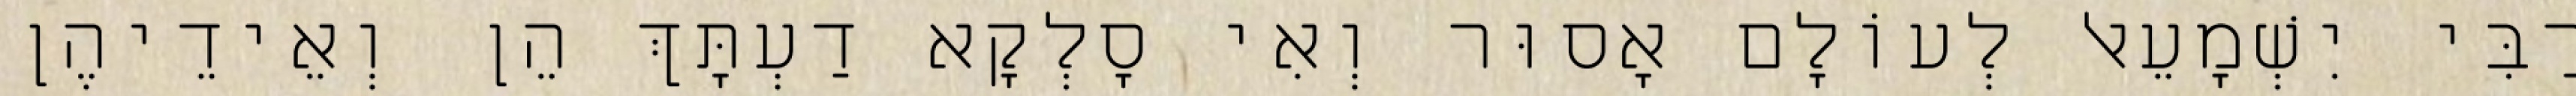
רַבִּי יִשְׁמָעֵאל לְעוֹלָם אָסוּר וְאִי סָלְקָא דַעְתָּךְ הֵן וְאֵידֵיהֶן